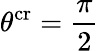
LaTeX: \theta^{\mathrm{cr}}=\frac\pi 2